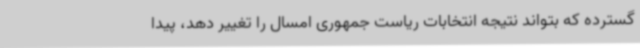
گسترده که بتواند نتیجه انتخابات ریاست جمهوری امسال را تغییر دهد، پیدا